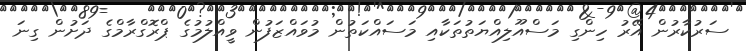
ސަރުކާރުން އޭރު ހިންގި މަސްއޫލިއްޔަތުތަކާއި މަސައްކަތުން މުވައްޒަފުން ވީއްލުމުގެ ޕްރޮގްރާމްގެ ދަށުން ގިނަ